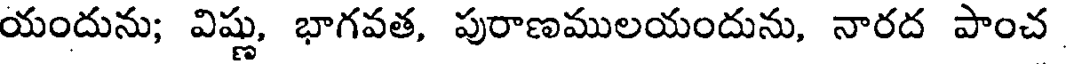
యందును; విష్ణు, భాగవత, పురాణములయందును, నారద పాంచ